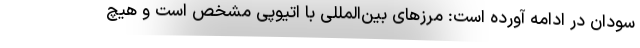
سودان در ادامه آورده است: مرزهای بین‌المللی با اتیوپی مشخص است و هیچ